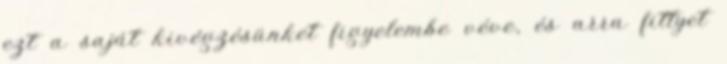
ezt a saját kivégzésünket figyelembe véve, és arra fittyet